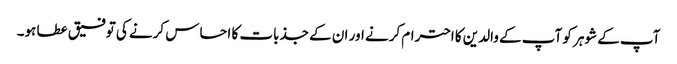
آپ کے شوہر کو آپ کے والدین کا احترام کرنے اور ان کے جذبات کا احساس کرنے کی توفیق عطا ہو۔